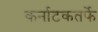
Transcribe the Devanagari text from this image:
कर्नाटकतर्फे